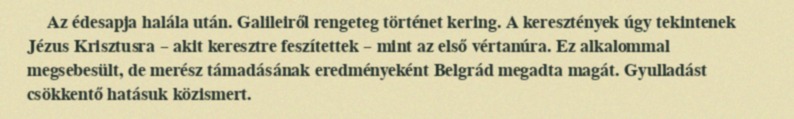
Az édesapja halála után. Galileiről rengeteg történet kering. A keresztények úgy tekintenek Jézus Krisztusra – akit keresztre feszítettek – mint az első vértanúra. Ez alkalommal megsebesült, de merész támadásának eredményeként Belgrád megadta magát. Gyulladást csökkentő hatásuk közismert.